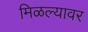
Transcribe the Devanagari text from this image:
मिळल्यावर